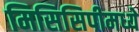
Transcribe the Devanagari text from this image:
मिसिसिपीमध्ये